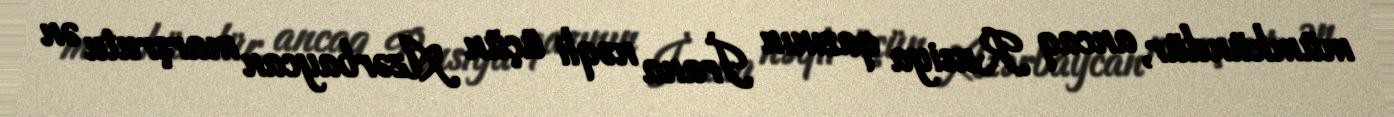
mümkündür, ancaq Rusiya qazının İrana nəqli üçün Azərbaycan marşrutu ən